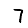
Digit: 7